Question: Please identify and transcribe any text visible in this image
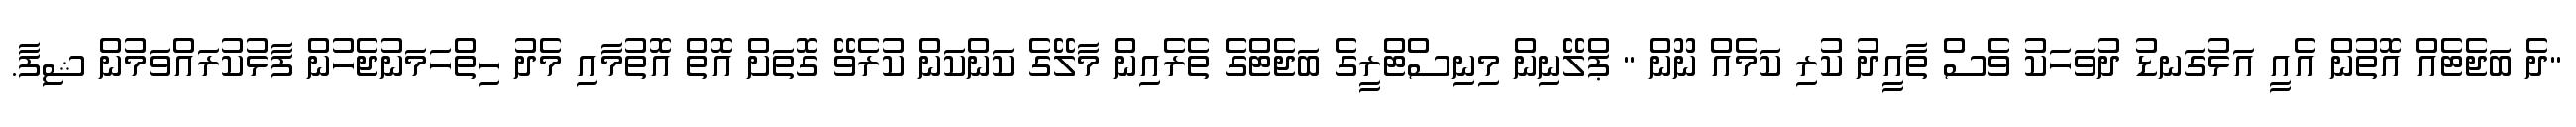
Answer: "ދެ ބަޖެޓެއް އޮތުން އެއީ އަޅުގަނޑު ދުވަހަކު ވެސް ތާއީދު ކުރި ކަމެއް ނޫން " ޕްލޭނިން މިނިސްޓްރީގެ ބަޖެޓްގެ ތެރެއިން މާލޭގެ ކަންކަން ކުރެވޭ ގޮތަށް އޮތް އޮތުމާއި މެދު ހިތްހަމަނުޖެހުން ފާޅުކުރައްވަމުން ޝިފާ.